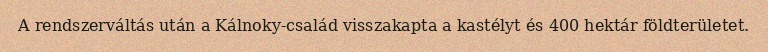
A rendszerváltás után a Kálnoky-család visszakapta a kastélyt és 400 hektár földterületet.